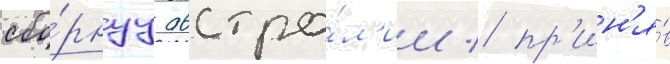
сбо́рнуу австра́л'ии / пр'ин'я́в